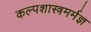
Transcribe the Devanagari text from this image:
कल्पशास्त्रमर्मज्ञ